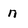
Character: n